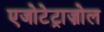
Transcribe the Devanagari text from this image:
एजोटेट्राज़ोल